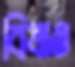
বিষাও